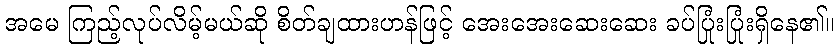
အမေ ကြည့်လုပ်လိမ့်မယ်ဆို စိတ်ချထားဟန်ဖြင့် အေးအေးဆေးဆေး ခပ်ပြုံးပြုံးရှိနေ၏။